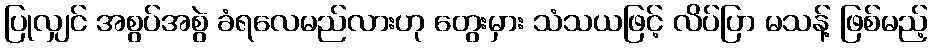
ပြုလျှင် အစွပ်အစွဲ ခံရလေမည်လားဟု တွေးမှား သံသယဖြင့် လိပ်ပြာ မသန့် ဖြစ်မည့်